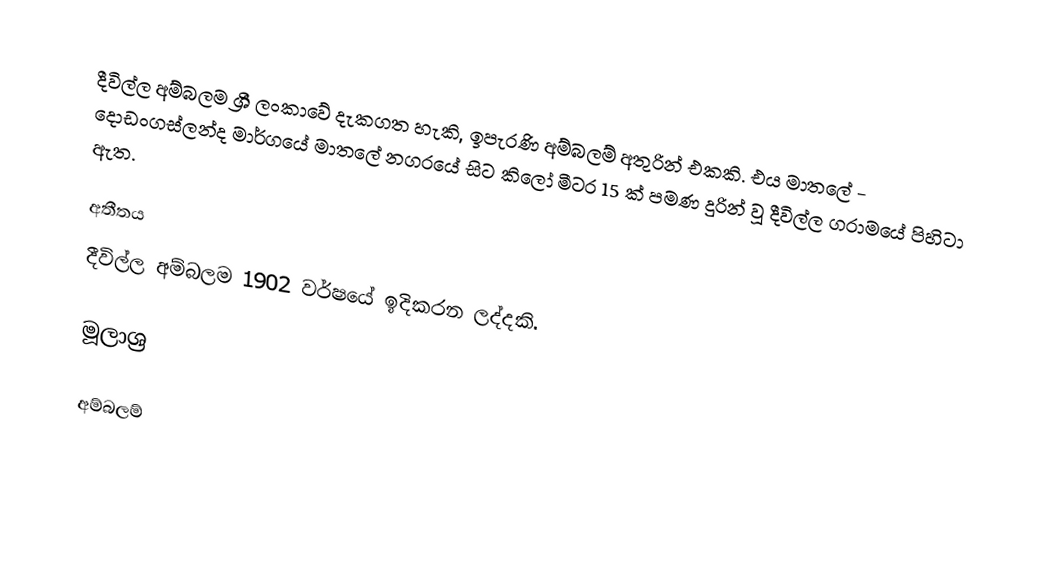
දීවිල්ල අම්බලම ශ්‍රී ලංකාවේ දැකගත හැකි, ඉපැරණි අම්බලම් අතුරින් එකකි. එය මාතලේ - දොඩංගස්ලන්ද මාර්ගයේ මාතලේ නගරයේ සිට කිලෝ මීටර 15 ක් පමණ දුරින් වූ දීවිල්ල ග‍්‍රාමයේ පිහිටා ඇත.

අතීතය
දීවිල්ල අම්බලම 1902 වර්ෂයේ ඉදිකරන ලද්දකි.

මූලාශ්‍ර

අම්බලම්